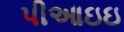
પીઆઇઇ